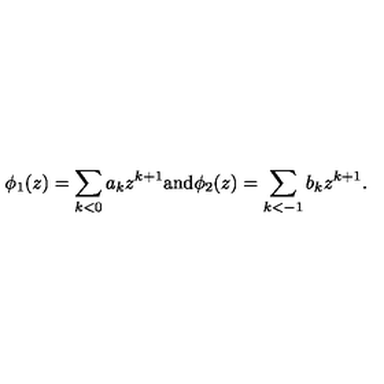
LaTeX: \phi _ { 1 } ( z ) = \sum _ { k < 0 } a _ { k } z ^ { k + 1 } \mathrm { a n d } \phi _ { 2 } ( z ) = \sum _ { k < - 1 } b _ { k } z ^ { k + 1 } .